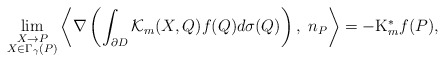
\begin{align*}\lim_{\substack{X\rightarrow P\\ X\in \Gamma_{\gamma}(P)}}\left\langle\nabla\left(\int_{\partial D}\mathcal{K}_{m}(X, Q)f(Q)d\sigma(Q)\right),\,\, n_{P}\right\rangle =-\mathrm{K}^{*}_{m}f(P),\end{align*}